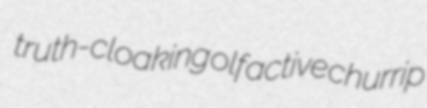
truth-cloaking olfactive churrip